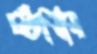
ঘটাবার